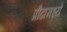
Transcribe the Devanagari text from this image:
प्रौढामध्ये